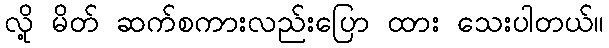
လို့ မိတ် ဆက်စကားလည်းပြော ထား သေးပါတယ်။